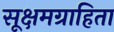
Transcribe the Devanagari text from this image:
सूक्षमग्राहिता